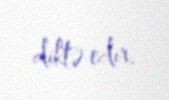
diktə edir.